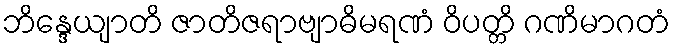
ဘိန္ဒေယျာတိ ဇာတိဇရာဗျာဓိမရဏံ ဝိပတ္တိ ဂဏိမာဂတံ